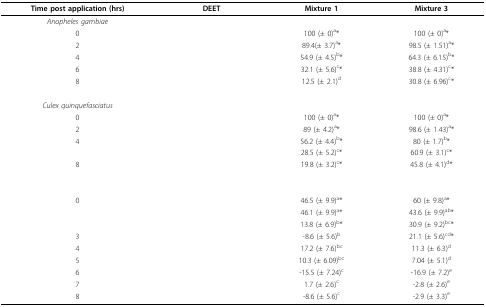
<table><thead><tr><td><b>Time post application (hrs)</b></td><td><b>DEET</b></td><td><b>Mixture 1</b></td><td><b>Mixture 3</b></td></tr></thead><tbody><tr><td><i>Anopheles gambiae</i></td><td>[EMPTY_CELL]</td><td>[EMPTY_CELL]</td><td>[EMPTY_CELL]</td></tr><tr><td>0</td><td>[EMPTY_CELL]</td><td>100 (± 0)<sup>a</sup>*</td><td>100 (± 0)<sup>a</sup>*</td></tr><tr><td>2</td><td>[EMPTY_CELL]</td><td>89.4(± 3.7)<sup>a</sup>*</td><td>98.5 (± 1.51)<sup>a</sup>*</td></tr><tr><td>4</td><td>[EMPTY_CELL]</td><td>54.9 (± 4.5)<sup>b</sup>*</td><td>64.3 (± 6.15)<sup>b</sup>*</td></tr><tr><td>6</td><td>[EMPTY_CELL]</td><td>32.1 (± 5.6)<sup>c</sup>*</td><td>38.8 (± 4.31)<sup>c</sup>*</td></tr><tr><td>8</td><td>[EMPTY_CELL]</td><td>12.5 (± 2.1)<sup>d</sup></td><td>30.8 (± 6.96)<sup>c</sup>*</td></tr><tr><td><i>Culex quinquefasciatus</i></td><td>[EMPTY_CELL]</td><td>[EMPTY_CELL]</td><td>[EMPTY_CELL]</td></tr><tr><td>0</td><td>[EMPTY_CELL]</td><td>100 (± 0)<sup>a</sup>*</td><td>100 (± 0)<sup>a</sup>*</td></tr><tr><td>2</td><td>[EMPTY_CELL]</td><td>89 (± 4.2)<sup>a</sup>*</td><td>98.6 (± 1.43)<sup>a</sup>*</td></tr><tr><td>4</td><td>[EMPTY_CELL]</td><td>56.2 (± 4.4)<sup>b</sup>*</td><td>80 (± 1.7)<sup>b</sup>*</td></tr><tr><td>[EMPTY_CELL]</td><td>[EMPTY_CELL]</td><td>28.5 (± 5.2)<sup>c</sup>*</td><td>60.9 (± 3.1)<sup>c</sup>*</td></tr><tr><td>8</td><td>[EMPTY_CELL]</td><td>19.8 (± 3.2)<sup>c</sup>*</td><td>45.8 (± 4.1)<sup>d</sup>*</td></tr><tr><td>[EMPTY_CELL]</td><td>[EMPTY_CELL]</td><td>[EMPTY_CELL]</td><td>[EMPTY_CELL]</td></tr><tr><td>0</td><td>[EMPTY_CELL]</td><td>46.5 (± 9.9)<sup>a</sup>*</td><td>60 (± 9.8)<sup>a</sup>*</td></tr><tr><td>[EMPTY_CELL]</td><td>[EMPTY_CELL]</td><td>46.1 (± 9.9)<sup>a</sup>*</td><td>43.6 (± 9.9)<sup>ab</sup>*</td></tr><tr><td>[EMPTY_CELL]</td><td>[EMPTY_CELL]</td><td>13.8 (± 6.9)<sup>b</sup>*</td><td>30.9 (± 9.2)<sup>bc</sup>*</td></tr><tr><td>3</td><td>[EMPTY_CELL]</td><td>-8.6 (± 5.6)<sup>b</sup></td><td>21.1 (± 5.6)<sup>cd</sup>*</td></tr><tr><td>4</td><td>[EMPTY_CELL]</td><td>17.2 (± 7.6)<sup>bc</sup></td><td>11.3 (± 6.3)<sup>d</sup></td></tr><tr><td>5</td><td>[EMPTY_CELL]</td><td>10.3 (± 6.09)<sup>bc</sup></td><td>7.04 (± 5.1)<sup>d</sup></td></tr><tr><td>6</td><td>[EMPTY_CELL]</td><td>-15.5 (± 7.24)<sup>c</sup></td><td>-16.9 (± 7.2)<sup>e</sup></td></tr><tr><td>7</td><td>[EMPTY_CELL]</td><td>1.7 (± 2.6)<sup>c</sup></td><td>-2.8 (± 2.6)<sup>e</sup></td></tr><tr><td>8</td><td>[EMPTY_CELL]</td><td>-8.6 (± 5.6)<sup>c</sup></td><td>-2.9 (± 3.3)<sup>e</sup></td></tr></tbody></table>